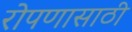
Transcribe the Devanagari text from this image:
रोपणासाठी